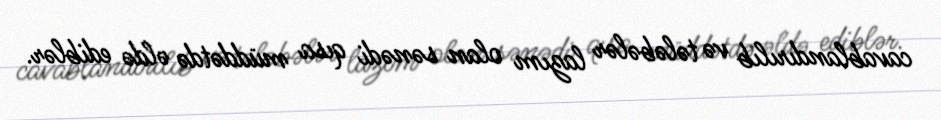
cavablandırılıb və tələbələr lazım olan sənədi qısa müddətdə əldə ediblər.